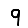
Digit: 9